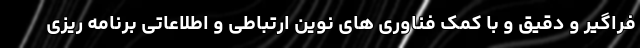
فراگیر و دقیق و با کمک فناوری های نوین ارتباطی و اطلاعاتی برنامه ریزی